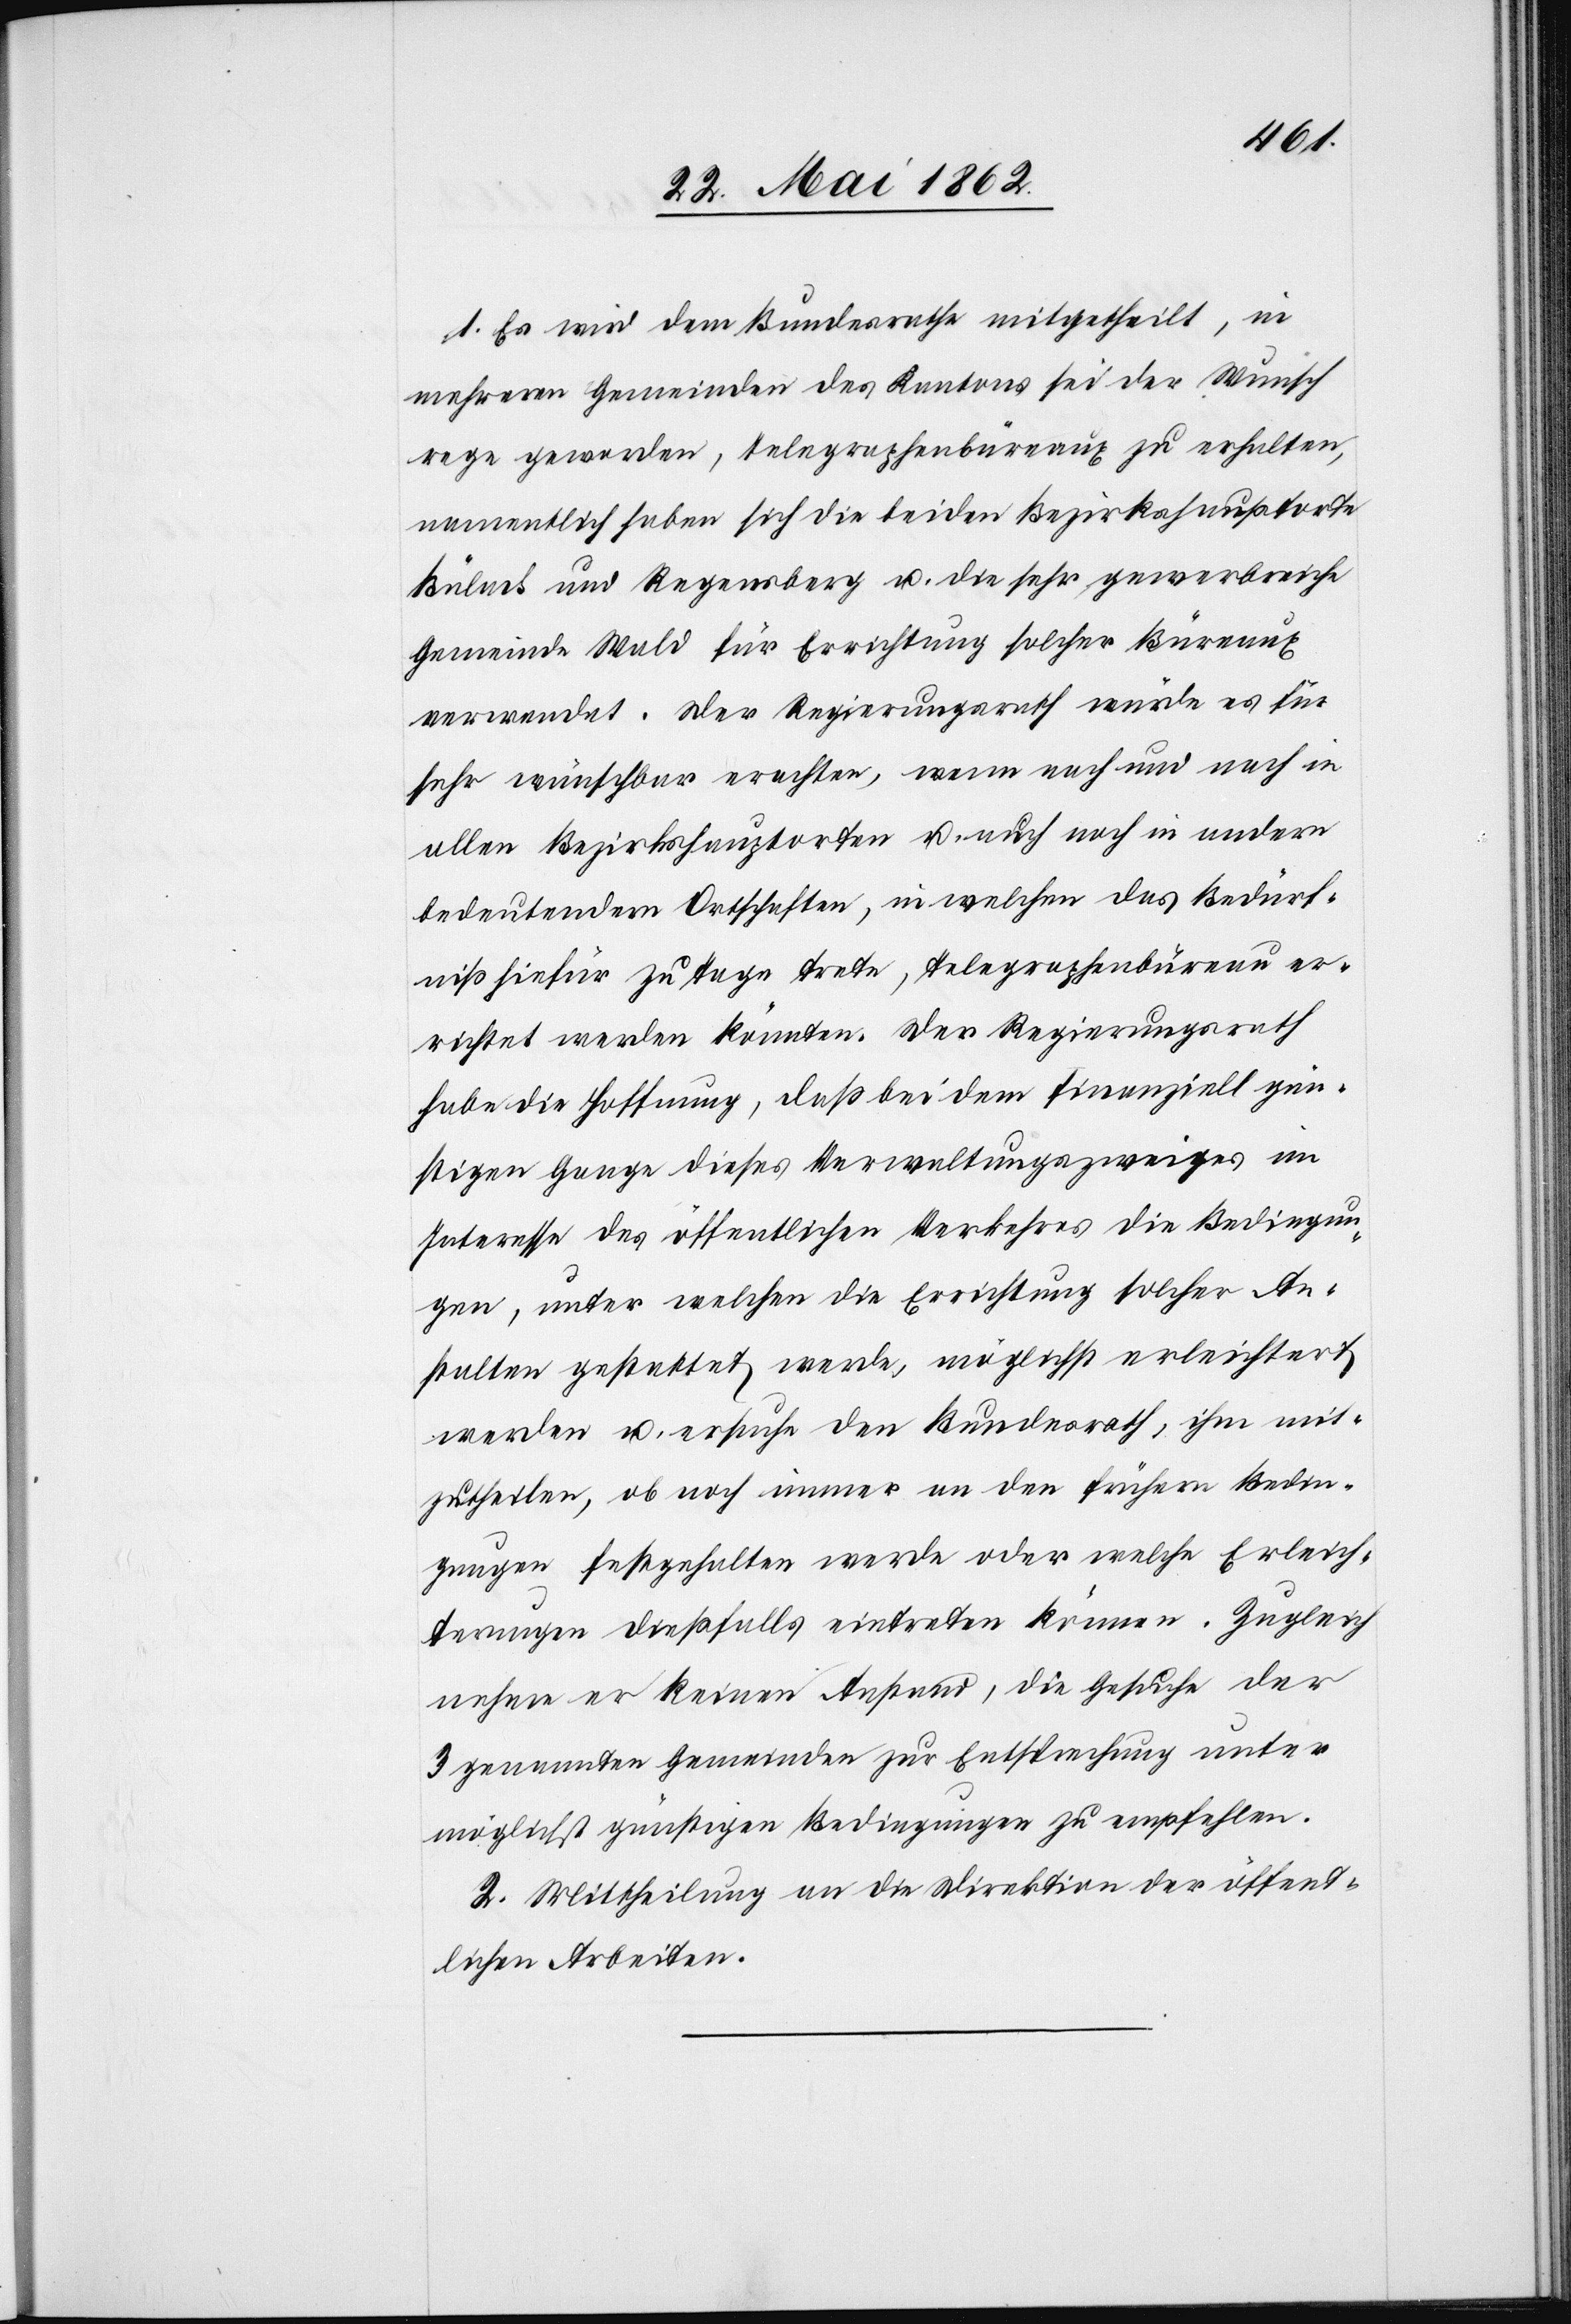
1. Es wird dem Bundesrathe mitgetheilt, in
mehreren Gemeinden des Kantons sei der Wunsch
rege geworden, Telegraphenbüreaux zu erhalten,
namentlich haben sich die beiden Bezirkshauptorte
Bülach und Regensberg u. die sehr gewerbereiche
Gemeinde Wald für Errichtung solcher Büreaux
verwendet. Der Regierungsrath würde es für
sehr wünschbar erachten, wenn nach und nach in
allen Bezirkshauptorten u. auch noch in andern
bedeutendern Ortschaften, in welchen das Bedürf¬
niß hiefür zu Tage trete, Telegraphenbüreau er¬
richtet werden könnten. Der Regierungsrath
habe die Hoffnung, daß bei dem finanziell gün¬
stigen Gange dieses Verwaltungszweiges an
Interesse des öffentlichen Verkehres die Bedingun¬
gen, unter welchen die Errichtung solcher An¬
stalten gestattet werde, möglichst erleichtert
werden u. ersuche den Bundesrath, ihm mit¬
zutheilen, ob noch immer an den frühern Bedin¬
gungen festgehalten werde oder welche Erleich¬
terungen dießfalls eintreten können. Zugleich
nehme er keinen Anstand, die Gesuche der
3 genannten Gemeinden zur Entsprechung unter
möglichst günstigen Bedingungen zu empfehlen.
2. Mittheilung an die Direktion der öffent¬
lichen Arbeiten.